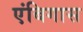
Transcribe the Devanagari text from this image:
एंबिगास